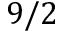
9 / 2